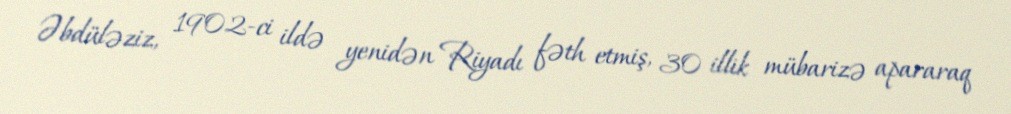
Əbdüləziz, 1902-ci ildə yenidən Riyadı fəth etmiş, 30 illik mübarizə apararaq